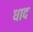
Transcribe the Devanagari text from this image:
धाद